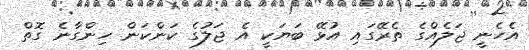
އެހެނީ ޖަލެއްގެ ތެރޭގައި އުޅޭ ބަޔަކީ އެ ޖަލުގެ ކަންކަން ހިންގާނެ ގޮތް